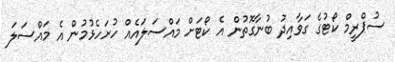
ސުޕްރީމް ކޯޓުގެ ގަވާއިދު ބުނާގޮތުން އެ ކޯޓަށް މައްސަލައެއް ހުށަހެޅުމުން އެ މައްސަލަ